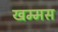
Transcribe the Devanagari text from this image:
खम्मस